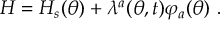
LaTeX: H = H _ { s } ( \theta ) + \lambda ^ { a } ( \theta , t ) \varphi _ { a } ( \theta ) \ .